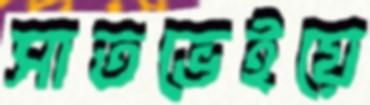
সাতভেইয়ে